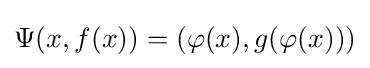
\Psi (x,f(x))=(\varphi (x),g(\varphi (x)))